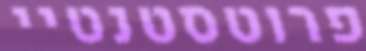
פרוטסטנטיי